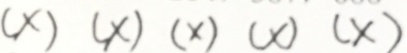
( x ) ( x ) ( x ) ( x ) ( x )